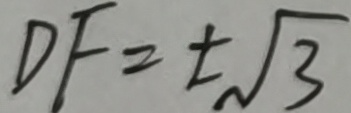
D F = \pm \sqrt { 3 }